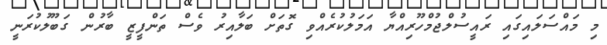
މި މައްސަލައިގައި ރައީސުލްޖުމްހޫރިއްޔާ އަމަލުކުރެއްވި ގޮތަށް ބަލާއިރު ވެސް ތަންފީޒީ ބާރުން ގަބޫލުކުރަނީ